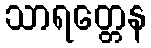
သာရတ္တေန